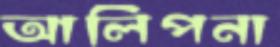
আলিপনা